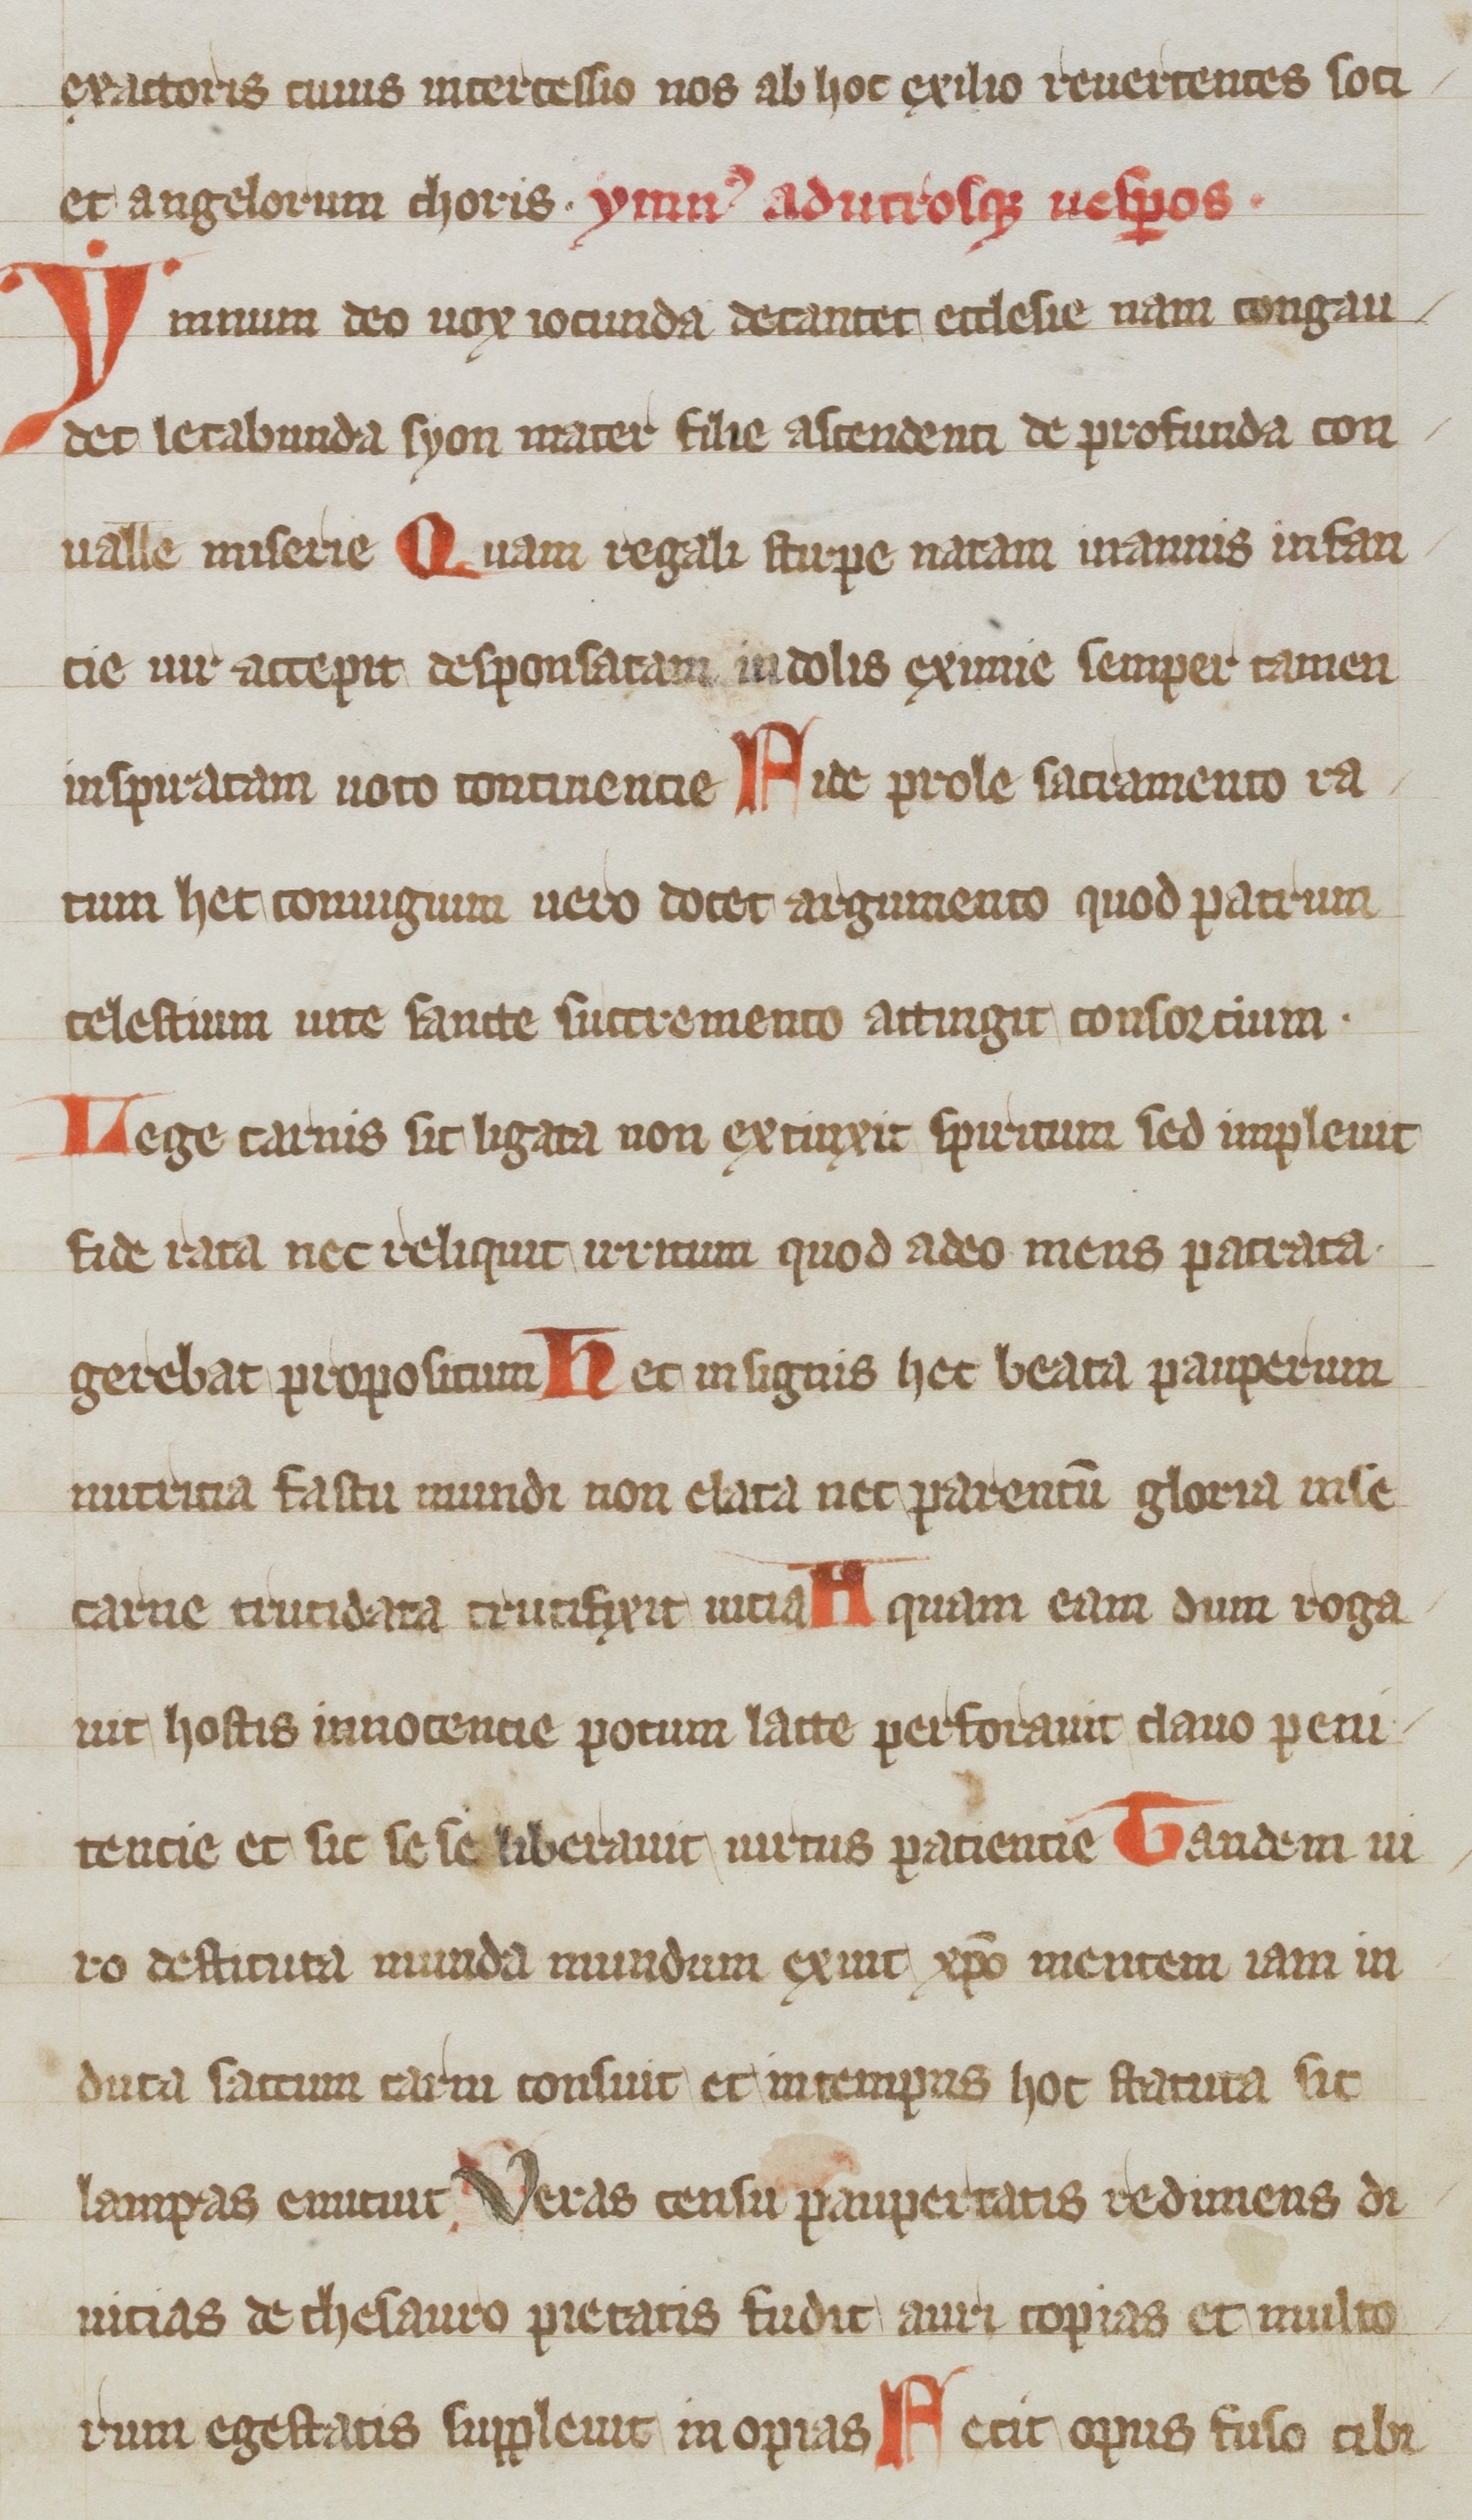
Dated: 1100–1199